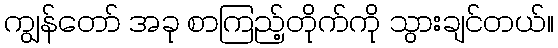
ကျွန်တော် အခု စာကြည့်တိုက်ကို သွားချင်တယ်။